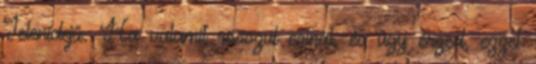
Jelenidejű. Ha valamit rosszul csinál, és úgy érzed, ezzel